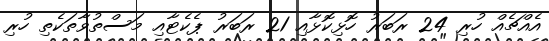
އެއްޗެއް ހުރި 24 ރަބަރު ހޮޅިކޮޅާއި 21 ރަބަރު ޕެކެޓާއި މަސްތުވާތަކެތި ހުރި